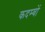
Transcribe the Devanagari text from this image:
कदम्बों